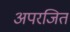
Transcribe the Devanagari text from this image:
अपरजित